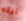
أنته